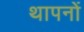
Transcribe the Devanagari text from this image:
थापनों